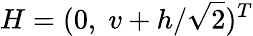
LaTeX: H=(0,\; v+h/\sqrt{2})^{T}